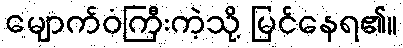
မျောက်ဝံကြီးကဲ့သို့ မြင်နေရ၏။